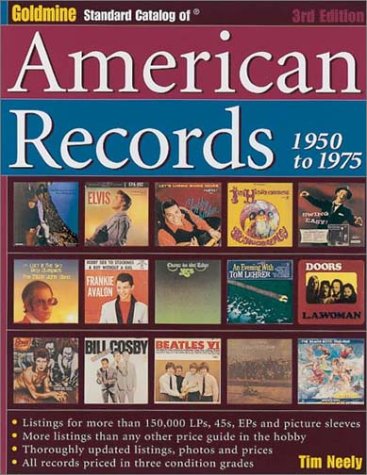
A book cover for Goldmine Standard Catalog of American Records, 1950-1975 (3rd Edition); Tim Neely; Crafts, Hobbies & Home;